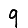
Digit: 9